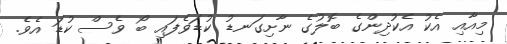
މިއާއި އެކު އެކުދިންގެ ބޮލުގެ ނާށިގަނޑު ކުޑަވެފައި ބޯ ވެސް ކުޑަ އެވެ.